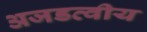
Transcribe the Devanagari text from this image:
अजडत्वीय